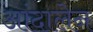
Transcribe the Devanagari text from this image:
आंदालेन